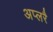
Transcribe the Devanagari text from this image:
अप्लरै